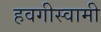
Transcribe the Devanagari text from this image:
हवगीस्वामी